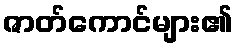
ဇာတ်ကောင်များ၏